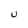
Character: U